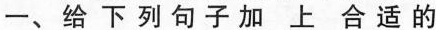
一、给下列句子加上合适的